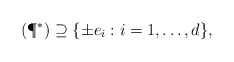
\begin{align*}(\P^\ast)\supseteq \{\pm e_i: i=1, \dots, d\},\end{align*}